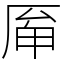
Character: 𠩯